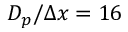
D _ { p } / \Delta x = 1 6